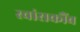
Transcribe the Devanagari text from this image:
स्वांसकौंब